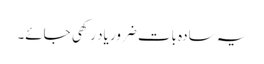
یہ سادہ بات ضرور یاد رکھی جائے۔